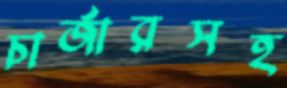
চার্জারসহ